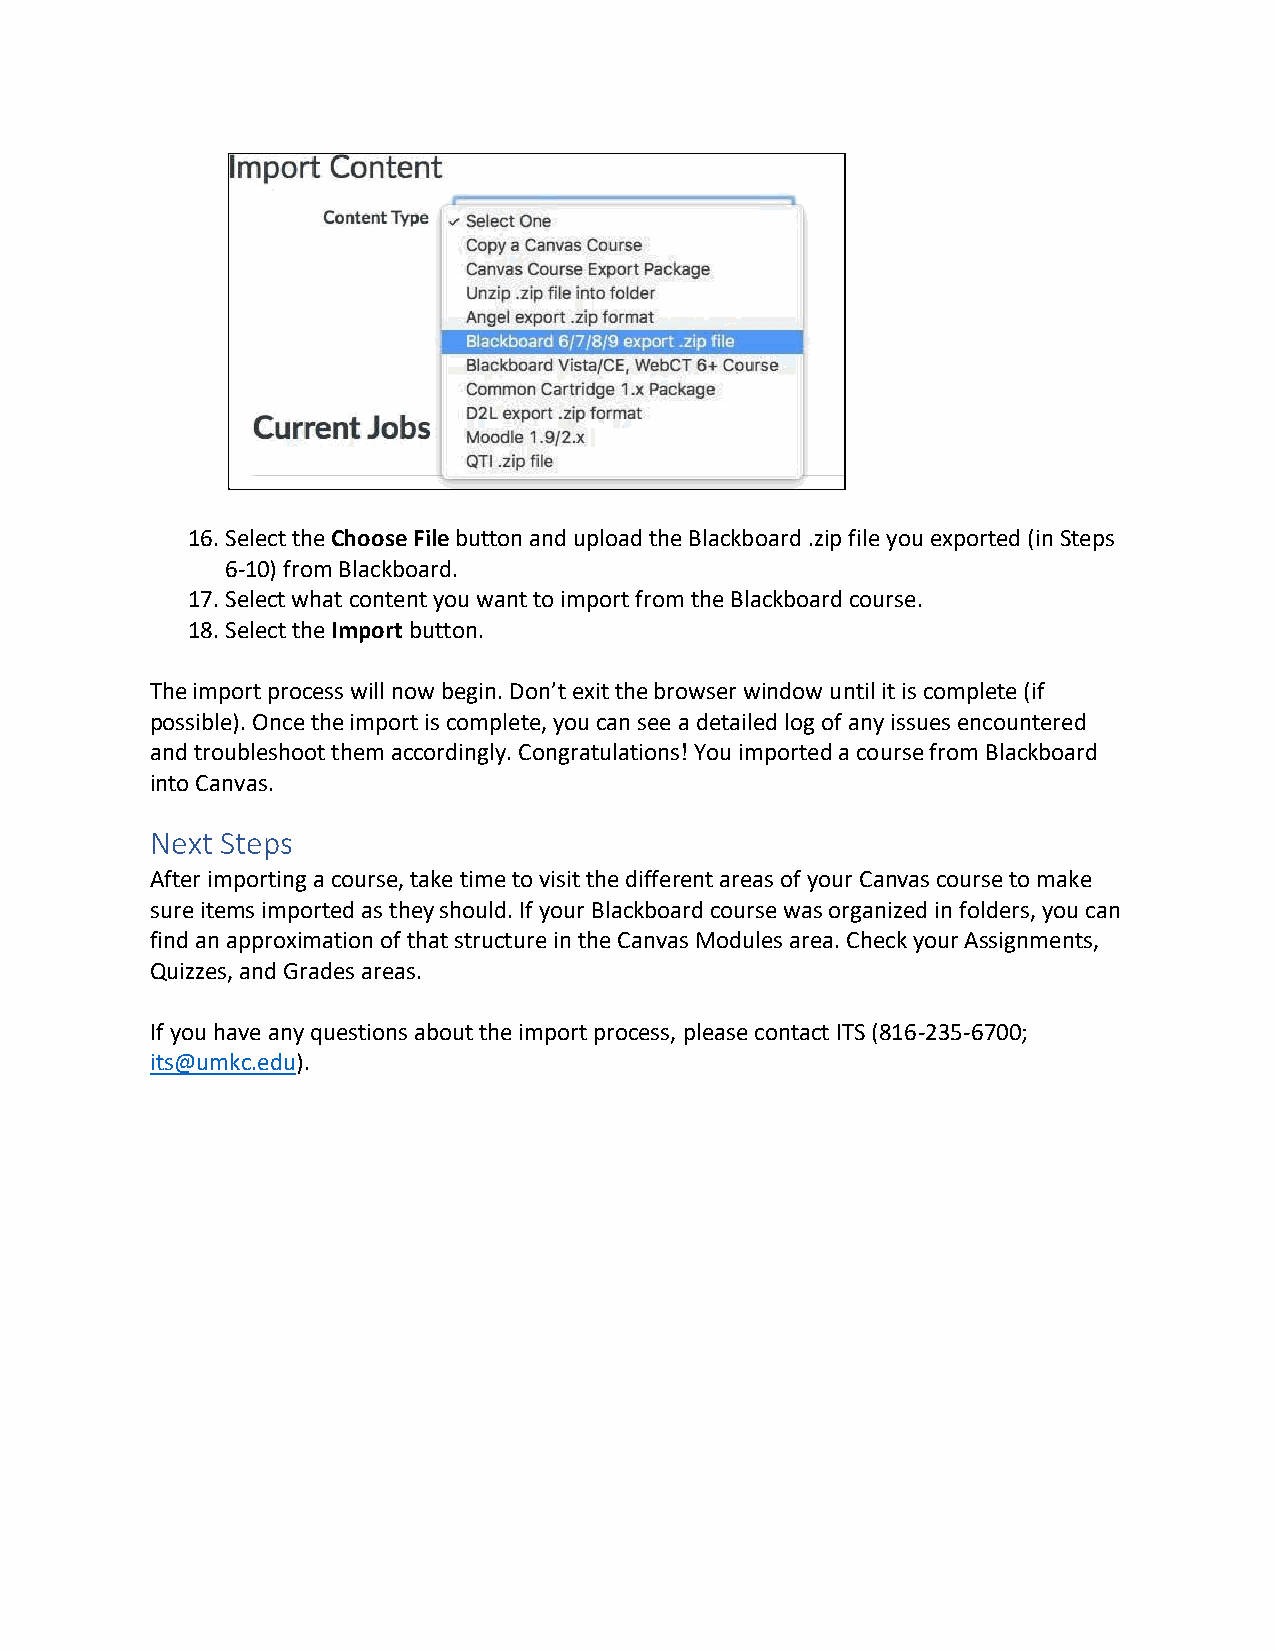
16. Select the Choose File button and upload the Blackboard .zip file you exported (in Steps
 6-10) from Blackboard.
 17. Select what content you want to import from the Blackboard course.
 18. Select the Import button.
 The import process will now begin. Don’t exit the browser window until it is complete (if
 possible). Once the import is complete, you can see a detailed log of any issues encountered
 and troubleshoot them accordingly. Congratulations! You imported a course from Blackboard
 into Canvas.
 Next Steps
 After importing a course, take time to visit the different areas of your Canvas course to make
 sure items imported as they should. If your Blackboard course was organized in folders, you can
 find an approximation of that structure in the Canvas Modules area. Check your Assignments,
 Quizzes, and Grades areas.
 If you have any questions about the import process, please contact ITS (816-235-6700;
 its@umkc.edu).